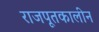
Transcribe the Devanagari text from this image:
राजपूतकालीन